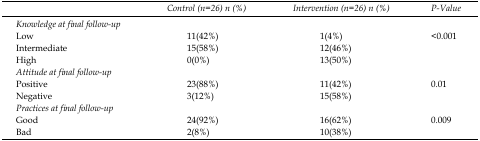
<table><thead><tr><td></td><td><b><i>Control(n=26) n (%)</i></b></td><td><b><i>Intervention(n=26) n (%)</i></b></td><td><b><i>P</i></b></td></tr></thead><tbody><tr><td><i>Knowledge at final follow-up</i></td><td></td><td></td><td></td></tr><tr><td>Low</td><td>11(42%)</td><td>1(4%)</td><td>&lt;0.001</td></tr><tr><td>Intermediate</td><td>15(58%)</td><td>12(46%)</td><td></td></tr><tr><td>High</td><td>0(0%)</td><td>13(50%)</td><td></td></tr><tr><td><i>Attitude at final follow-up</i></td><td></td><td></td><td></td></tr><tr><td>Positive</td><td>23(88%)</td><td>11(42%)</td><td>0.01</td></tr><tr><td>Negative</td><td>3(12%)</td><td>15(58%)</td><td></td></tr><tr><td><i>Practices at final follow-up</i></td><td></td><td></td><td></td></tr><tr><td>Good</td><td>24(92%)</td><td>16(62%)</td><td>0.009</td></tr><tr><td>Bad</td><td>2(8%)</td><td>10(38%)</td><td></td></tr></tbody></table>